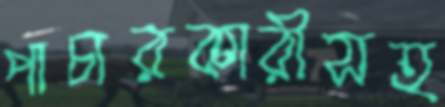
পাচারকারীসহ